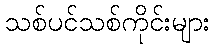
သစ်ပင်သစ်ကိုင်းများ